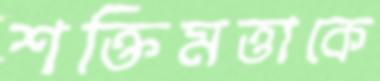
শক্তিমত্তাকে